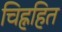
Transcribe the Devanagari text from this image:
चिह्नहित